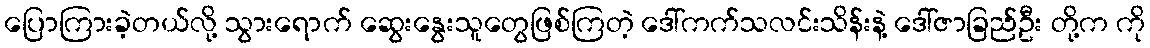
ပြောကြားခဲ့တယ်လို့ သွားရောက် ဆွေးနွေးသူတွေဖြစ်ကြတဲ့ ဒေါ်ကက်သလင်းသိန်းနဲ့ ဒေါ်ဇာခြည်ဦး တို့က ကို